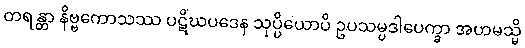
တရန္တာ နိဗ္ဗကောသဿ ပဋိဃပဒေန သုပ္ပိယောပိ ဥပသမ္ပဒါပေက္ခာ အဟမသ္မိ